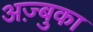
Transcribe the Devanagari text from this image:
अज़्बुका